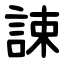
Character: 誎